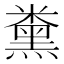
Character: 𱹛